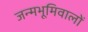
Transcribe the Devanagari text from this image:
जन्मभूमिवालों